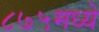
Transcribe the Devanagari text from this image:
८७५मध्ये